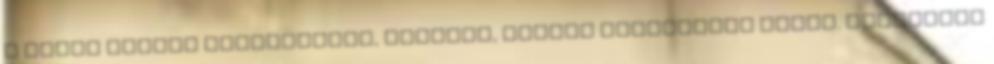
a tőlük kapott gesztusokat, mindazt, amiben segítettek nekik. Januárban